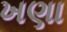
ખણા